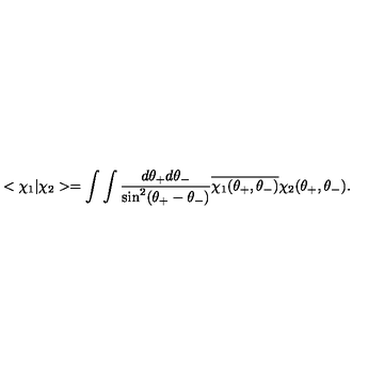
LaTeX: < \chi _ { 1 } | \chi _ { 2 } > = \int \int \frac { d \theta _ { + } d \theta _ { - } } { \sin ^ { 2 } ( \theta _ { + } - \theta _ { - } ) } \overline { { \chi _ { 1 } ( \theta _ { + } , \theta _ { - } ) } } \chi _ { 2 } ( \theta _ { + } , \theta _ { - } ) .